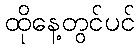
ထိုနေ့တွင်ပင်